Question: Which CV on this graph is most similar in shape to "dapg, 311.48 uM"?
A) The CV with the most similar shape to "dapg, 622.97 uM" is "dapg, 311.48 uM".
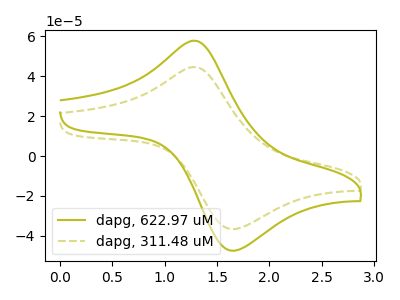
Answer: <think>The olive curve "dapg, 622.97 uM" has an anodic peak at (1.30V, 57.85uA) and a cathodic peak at (1.65V, -47.30uA). The olive dashed curve "dapg, 311.48 uM" has an anodic peak at (1.30V, 44.65uA) and a cathodic peak at (1.65V, -36.55uA).
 All the peaks in "dapg, 622.97 uM" have a peak in "dapg, 311.48 uM" at the same potential. Every peak in "dapg, 622.97 uM" is higher than every peak in "dapg, 311.48 uM".</think>
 <answer>A) The CV with the most similar shape to "dapg, 622.97 uM" is "dapg, 311.48 uM".</answer>
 <eval>A</eval>